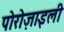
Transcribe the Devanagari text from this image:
पोरोज़ाइली